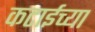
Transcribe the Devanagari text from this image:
कटाईच्या